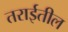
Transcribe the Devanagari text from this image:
तराईतील